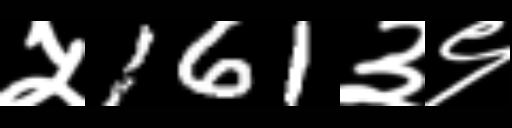
Text: ५161३९